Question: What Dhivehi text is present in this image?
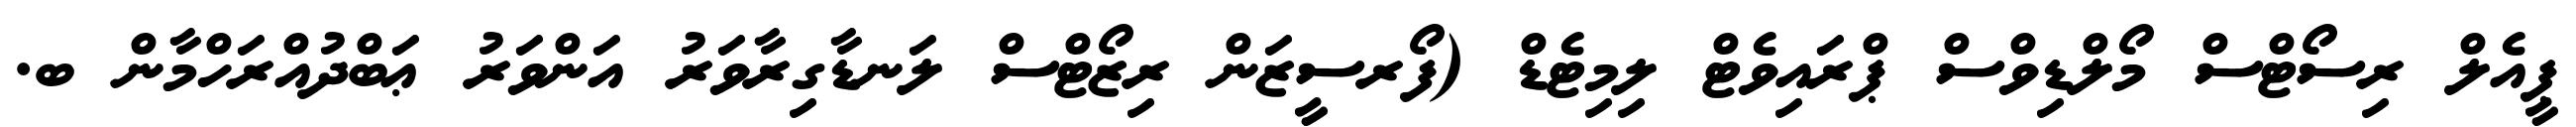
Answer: ޕީއެލް ރިސޯޓްސް މޯލްޑިވްސް ޕްރައިވެޓް ލިމިޓެޑް (ފޯރސީޒަން ރިޒޯޓްސް ލަނޑާގިރާވަރު އަންވަރު ޢަބްދުއްރަހްމާން ބ.